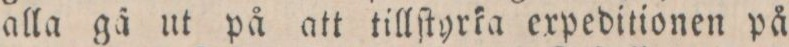
alla gã ut på att tillſtyrka expeditionen på